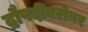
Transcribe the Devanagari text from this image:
द्रौपदीबरोबर